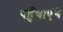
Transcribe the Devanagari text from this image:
पहुँचाएंगे